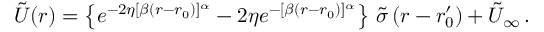
\tilde { U } ( r ) = \left\{ e ^ { - 2 \eta [ \beta ( r - r _ { 0 } ) ] ^ { \alpha } } - 2 \eta e ^ { - [ \beta ( r - r _ { 0 } ) ] ^ { \alpha } } \right\} \, \tilde { \sigma } \, ( r - r _ { 0 } ^ { \prime } ) + \tilde { U } _ { \infty } \, .